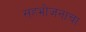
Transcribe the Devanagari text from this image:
सहभोजनाचा